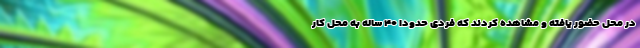
در محل حضور یافته و مشاهده کردند که فردی حدوداً ۴۰ ساله به محل کار